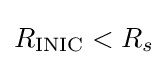
R_{\text{INIC}}<R_{s}